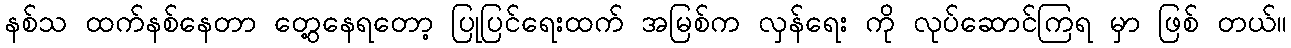
နစ်သ ထက်နစ်နေတာ တွေ့နေရတော့ ပြုပြင်ရေးထက် အမြစ်က လှန်ရေး ကို လုပ်ဆောင်ကြရ မှာ ဖြစ် တယ်။